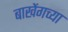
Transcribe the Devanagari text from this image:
बाखेंगच्या